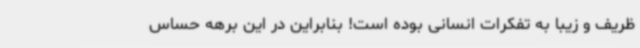
ظریف و زیبا به تفکرات انسانی بوده است! بنابراین در این برهه حساس